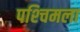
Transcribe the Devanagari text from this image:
पश्‍चिमला